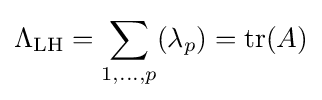
\Lambda _{\text{LH}}=\sum _{1,\ldots ,p}(\lambda _{p})=\operatorname {tr} (A)